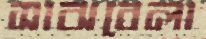
সাঝবেলা